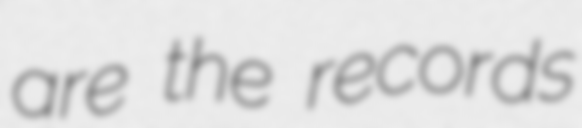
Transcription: are the records